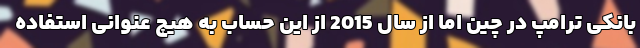
بانکی ترامپ در چین اما از سال 2015 از این حساب به هیچ عنوانی استفاده